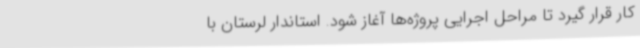
کار قرار گیرد تا مراحل اجرایی پروژه‌ها آغاز شود. استاندار لرستان با